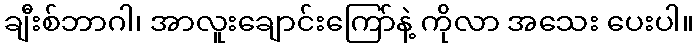
ချီးစ်ဘာဂါ၊ အာလူးချောင်းကြော်နဲ့ ကိုလာ အသေး ပေးပါ။